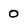
Character: 0